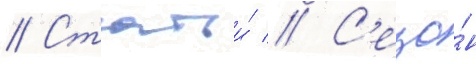
// Статьи́ // С'езо́н